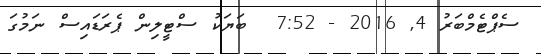
ސެޕްޓެމްބަރު 4